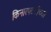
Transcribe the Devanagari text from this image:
किनारपटटीच्या